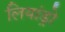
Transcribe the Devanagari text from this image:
लियांड्रो